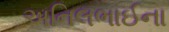
અનિલભાઈના